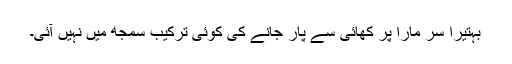
بہتیرا سر مارا پر کھائی سے پار جانے کی کوئی ترکیب سمجھ میں نہیں آئی۔